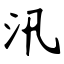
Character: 汛